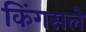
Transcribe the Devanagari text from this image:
किंगसले